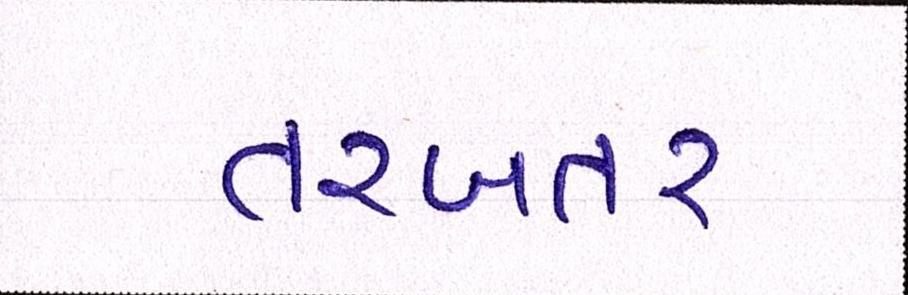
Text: તરબતર